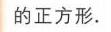
的正方形.